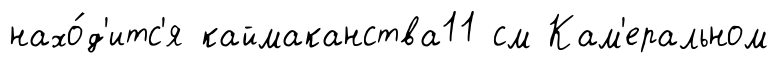
нахо́д'итс'я каймаканства11 см Кам'еральном